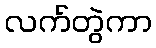
လက်တွဲကာ